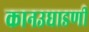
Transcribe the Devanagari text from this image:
कानउघाडणी